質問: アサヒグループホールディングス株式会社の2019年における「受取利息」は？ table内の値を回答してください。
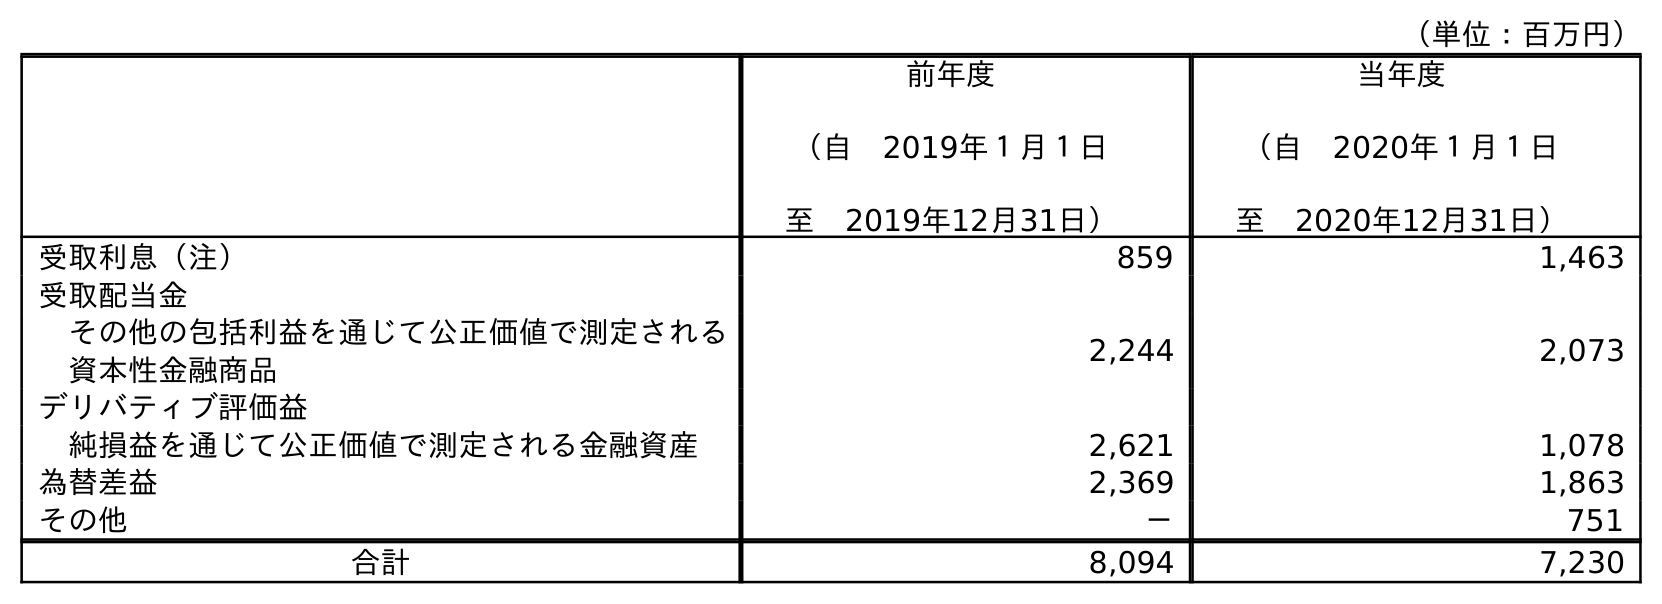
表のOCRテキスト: （単位：百万円） 前年度 （自 2019年１月１日 至 2019年12月31日） 当年度 （自 2020年１月１日 至 2020年12月31日） 受取利息（注） 859 1,463 受取配当金 その他の包括利益を通じて公正価値で測定される 資本性金融商品 2,244 2,073 デリバティブ評価益 純損益を通じて公正価値で測定される金融資産 2,621 1,078 為替差益 2,369 1,863 その他 － 751 合計 8,094 7,230
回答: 859